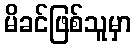
မိခင်ဖြစ်သူမှာ